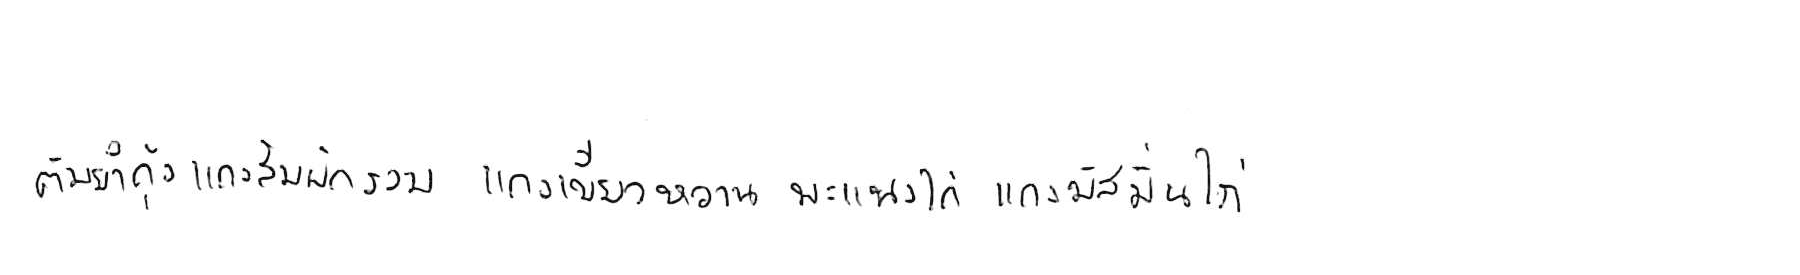
ต้มยำกุ้ง แกงส้มผักรวม แกงเขียวหวาน พะแนงไก่ แกงมัสมั่นไก่